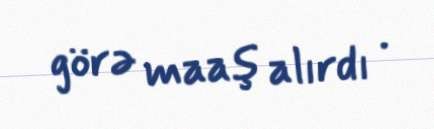
görə maaş alırdı .